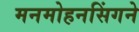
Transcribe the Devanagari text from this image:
मनमोहनसिंगने